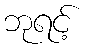
ဘုရင့်